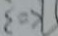
k = 3